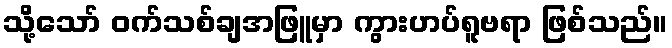
သို့သော် ဝက်သစ်ချအဖြူမှာ ကွားဟပ်ရူဗရာ ဖြစ်သည်။